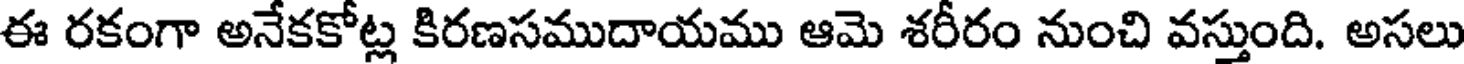
ఈ రకంగా అనేకకోట్ల కిరణసముదాయము ఆమె శరీరం నుంచి వస్తుంది. అసలు